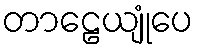
တာဠေယျုံပေ